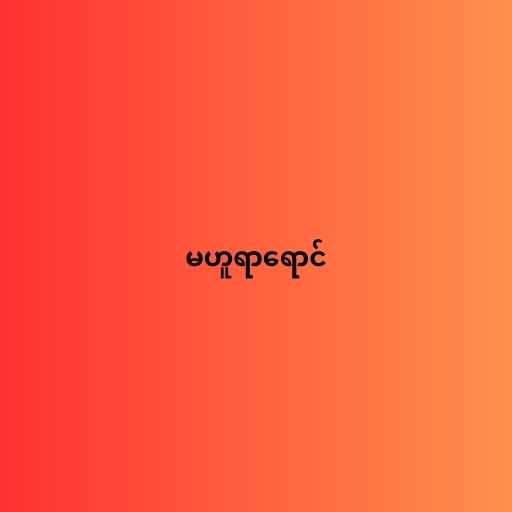
မဟူရာရောင်